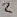
Text: 2